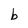
Character: b